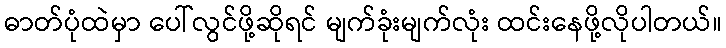
ဓာတ်ပုံထဲမှာ ပေါ်လွင်ဖို့ဆိုရင် မျက်ခုံးမျက်လုံး ထင်းနေဖို့လိုပါတယ်။